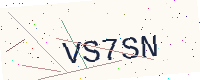
Text: VS7SN